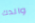
والدك